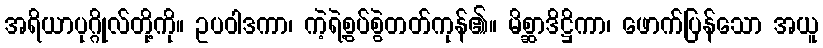
အရိယာပုဂ္ဂိုလ်တို့ကို။ ဥပဝါဒကာ၊ ကဲ့ရဲ့စွပ်စွဲတတ်ကုန်၏။ မိစ္ဆာဒိဋ္ဌိကာ၊ ဖောက်ပြန်သော အယူ